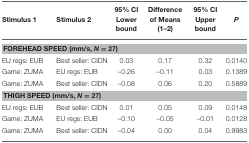
| Stimulus 1 | Stimulus 2 | 95% CI Lower bound | Difference of Means (1–2) | 95% CI Upper bound | P |
 | --- | --- | --- | --- | --- | --- |
 | <COLSPAN=6> FOREHEAD SPEED (mm/s, N = 27) |
 | EU regs: EUB | Best seller: CIDN | 0.03 | 0.17 | 0.32 | 0.0140 |
 | Game: ZUMA | EU regs: EUB | –0.26 | –0.11 | 0.03 | 0.1389 |
 | Game: ZUMA | Best seller: CIDN | –0.08 | 0.06 | 0.20 | 0.5889 |
 | <COLSPAN=6> THIGH SPEED (mm/s, N = 27) |
 | EU regs: EUB | Best seller: CIDN | 0.01 | 0.05 | 0.09 | 0.0148 |
 | Game: ZUMA | EU regs: EUB | –0.10 | –0.05 | –0.01 | 0.0128 |
 | Game: ZUMA | Best seller: CIDN | –0.04 | 0.00 | 0.04 | 0.9983 |